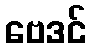
ဗေဒင်